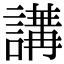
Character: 𧪿